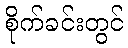
စိုက်ခင်းတွင်